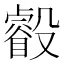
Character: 㲊